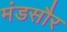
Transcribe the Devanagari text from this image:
मंडसौर